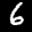
Label: 6